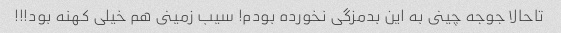
تاحالا جوجه چینى به این بدمزگى نخورده بودم! سیب زمینى هم خیلى کهنه بود!!!